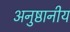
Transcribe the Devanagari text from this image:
अनुष्ठानीय